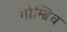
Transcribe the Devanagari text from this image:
गोम्ब्रिच